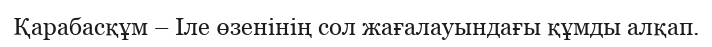
Қарабасқұм – Іле өзенінің сол жағалауындағы құмды алқап.